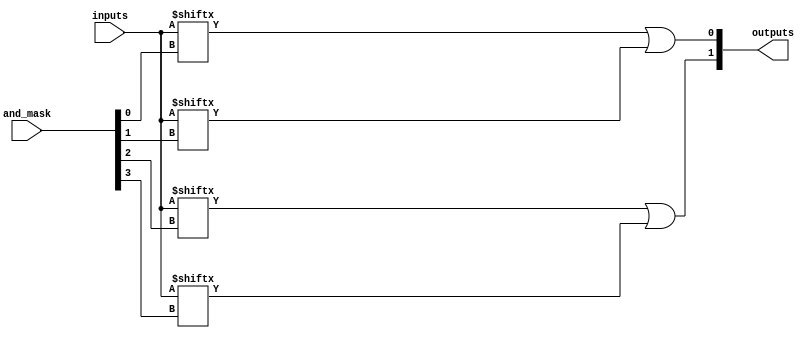
module HS_PAL #(
    parameter NUM_INPUTS = 8,  // Number of input lines
    parameter NUM_AND_TERMS = 4, // Number of AND gates
    parameter NUM_OUTPUTS = 2   // Number of output lines
)(
    input wire [NUM_INPUTS-1:0] inputs,   // Input lines
    input wire [NUM_AND_TERMS-1:0] and_mask, // Mask to select inputs for AND gate
    output wire [NUM_OUTPUTS-1:0] outputs   // Output lines
);

// ANd Array
wire [NUM_AND_TERMS-1:0] and_outputs;

// Each AND gate implements a product term based on programmable connections
genvar i;
generate
    for (i = 0; i < NUM_AND_TERMS; i = i + 1) begin : and_gate
        assign and_outputs[i] = inputs[and_mask[i]];
    end
endgenerate

// OR Array: Fixed OR gates combination the outputs of AND gates
assign outputs[0] = and_outputs[0] | and_outputs[1]; // Example combination for output 0
assign outputs[1] = and_outputs[2] | and_outputs[3]; // Example combination for output 1

endmodule